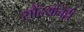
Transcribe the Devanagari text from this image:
सौंदर्याचेही